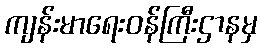
ကျန်းမာရေးဝန်ကြီးဌာနမှ